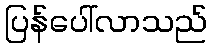
ပြန်ပေါ်လာသည်